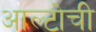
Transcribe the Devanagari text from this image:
आल्टोची